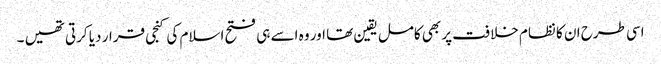
اسی طرح ان کا نظام خلافت پر بھی کامل یقین تھا اور وہ اسے ہی فتح اسلام کی کنجی قرار دیا کرتی تھیں ۔